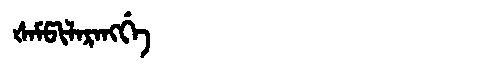
Manchu: ᡧᠠᠮᡦᡳᠯᠠᡵᠠᠩᡤᡝ
Romanization: ŠAMPILARANGGE